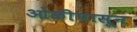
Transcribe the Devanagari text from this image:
ओळींपासून